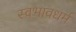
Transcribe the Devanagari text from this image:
स्वभावधर्म